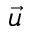
\vec { u }